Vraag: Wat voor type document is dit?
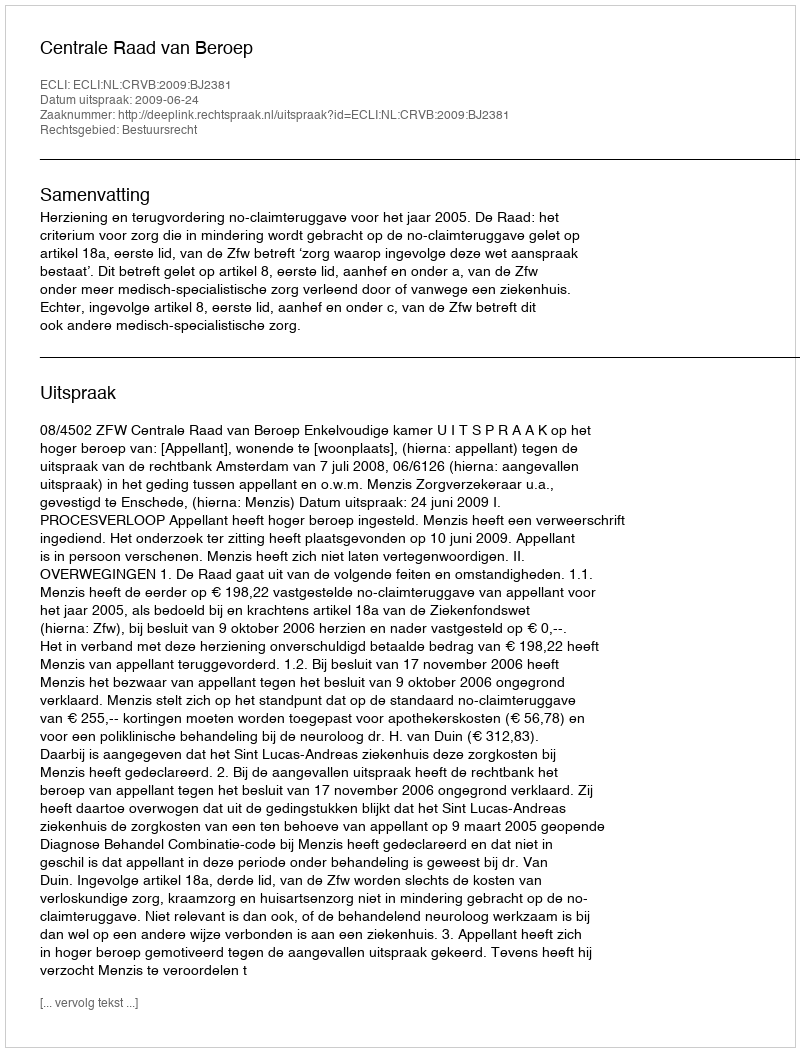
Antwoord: Uitspraak